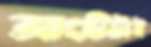
আংটিটাই